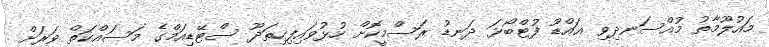
މައުލޫމާތު މުއްސަނދިވި އައްޑޫ ފުޓްބޯޅަ ދަނޑު ރަސްމީކޮށް ހުޅުވައިފިހިތަދޫ ސްޓޭޑިއަމްގެ މަސައްކަތް ވަރަށް